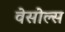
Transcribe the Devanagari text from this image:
वेसोल्स